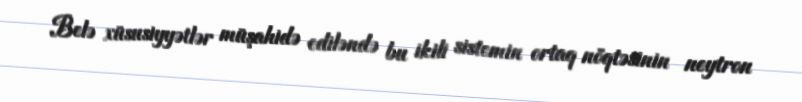
Belə xüsusiyyətlər müşahidə ediləndə bu ikili sistemin ortaq nöqtəsinin neytron